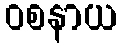
ဝစနာယ